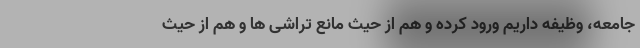
جامعه، وظیفه داریم ورود کرده و هم از حیث مانع تراشی ها و هم از حیث